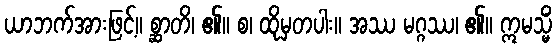
ယာဘက်အားဖြင့်။ စ္ဆာတိ၊ ၏။ စ၊ ထိုမှတပါး။ အဿ မဂ္ဂဿ၊ ၏။ ဣမသ္မိံ